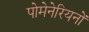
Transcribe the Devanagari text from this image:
पोमेनेरियनों